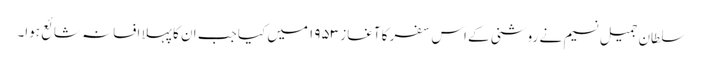
سلطان جمیل نسیم نے روشنی کے اس سفر کا آغاز ۱۹۵۳ میں کیا جب ان کا پہلا افسانہ شائع ہوا۔